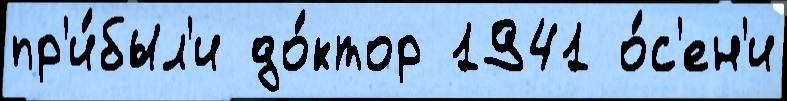
пр'и́был'и до́ктор 1941 о́с'ен'и